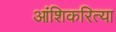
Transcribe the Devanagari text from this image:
आंशिकरित्या